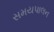
સમયપાલન